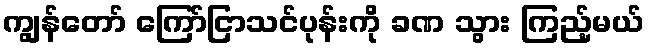
ကျွန်တော် ကြော်ငြာသင်ပုန်းကို ခဏ သွား ကြည့်မယ်